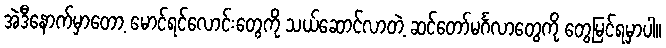
အဲဒီနောက်မှာတော့ မောင်ရင်လောင်းတွေကို သယ်ဆောင်လာတဲ့ ဆင်တော်မင်္ဂလာတွေကို တွေ့မြင်ရမှာပါ။